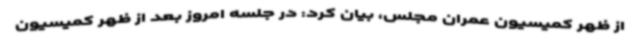
از ظهر کمیسیون عمران مجلس، بیان کرد: در جلسه امروز بعد از ظهر کمیسیون